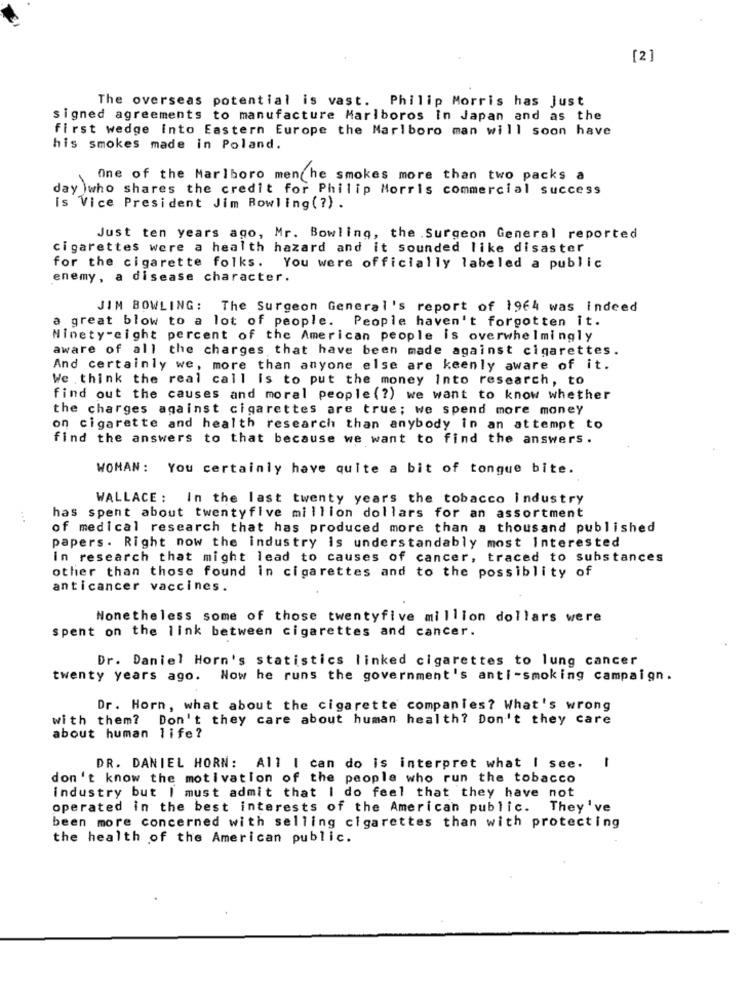
[2]
The overseas potential is vast. Philip Morris has Just
signed agreements to manufacture Mariboros In Japan and as the
first wedge into Eastern Europe the Marlboro man will soon have
his smokes made in Poland.
One of the Marlboro menche smokes more than two packs a
day )who shares the credit for Philip Morris commercial success
is Vice President Jim Bowling (?) .
Just ten years ago, Mr. Bowling, the . Surgeon General reported
cigarettes were a health hazard and it sounded like disaster
for the cigarette folks.
You were officially labeled a public
enemy, a disease character.
JIM BOWLING: The Surgeon General's report of 1964 was indeed
a great blow to a lot of people. People haven't forgotten it.
Ninety-eight percent of the American people is overwhelmingly
aware of all the charges that have been made against cigarettes.
And certainly we, more than anyone else are keenly aware of it.
We think the real call is to put the money Into research, to
find out the causes and moral people (?) we want to know whether
the charges against cigarettes are true; we spend more money
on cigarette and health research than anybody in an attempt to
find the answers to that because we want to find the answers.
WOMAN: You certainly have quite a bit of tongue bite.
WALLACE : In the last twenty years the tobacco industry
has spent about twentyfive million dollars for an assortment
of medical research that has produced more than a thousand published
papers. Right now the industry is understandably most interested
in research that might lead to causes of cancer, traced to substances
other than those found in cigarettes and to the possiblity of
anticancer vaccines.
Nonetheless some of those twentyfive million dollars were
spent on the link between cigarettes and cancer.
Dr. Daniel Horn's statistics linked cigarettes to lung cancer
twenty years ago. Now he runs the government's anti-smoking campaign.
Dr. Horn, what about the cigarette companies? What's wrong
with them? Don't they care about human health? Don't they care
about human life?
-
DR. DANIEL HORN: All I can do is interpret what I see.
don't know the motivation of the people who run the tobacco
industry but I must admit that I do feel that they have not
operated in the best interests of the American public. They've
been more concerned with selling cigarettes than with protecting
the health of the American public.